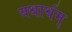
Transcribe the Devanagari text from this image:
यथार्थम्